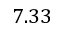
7 . 3 3